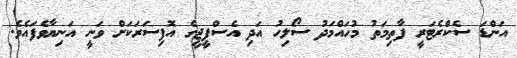
އަންޑަ ސެކްރެޓަރީ ފާތިމަތު މުހައްމަދު ސޯލިހު އަދި އެސްޕީޖީގެ އޮފިސަރަކަށް ވަނީ އަނިޔާވެފައެވެ.